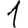
Digit: 1